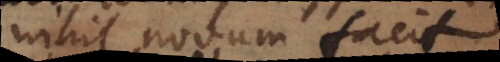
nihil novum facit.